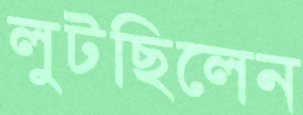
লুটছিলেন